Report on vaccination in Madras 1895-1903 - 1895-1903
Year: 1895
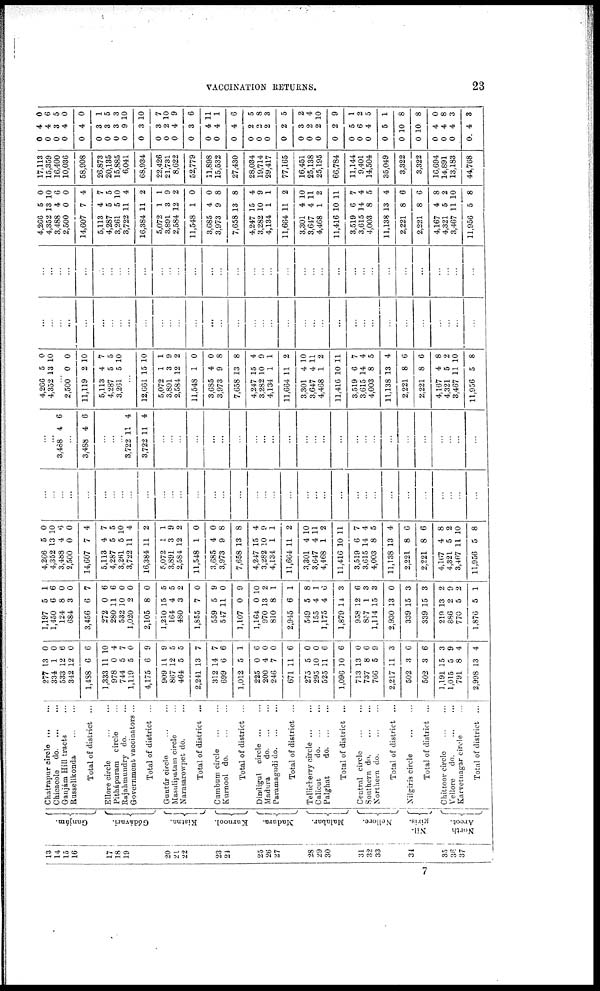
VACCINATION RETURNS.
23
13
14
15
16
17
18
19
20
21
22
23
24
25
26
27
28
29
30
31
32
33
34
35
36
37
Ganjám.
Gódávari.
Kistna.
Kurnool.
Madura.
Malabar.
Nellore.
Nil-
giris.
North
Arcot.
Chatrapur circle ... ...
Chicacole
do. ... ...
Ganjám Hill tracts ...
Russellkonda
...
...
Total of district ...
Ellore circle ... ...
Pithápuram circle ...
Rajahmundry do. ...
Government vaccinators ...
Total of district ...
Guntúr circle
...
...
Masulipatam circle ...
Narasarowpet do. ...
Total of district ...
Cumbum circle ... ...
Kurnool
do. ... ...
Total of district ...
Dindigul circle
...
...
Madura
do. ... ...
Paramagudi do.
...
...
Total of district ...
Tellicherry circle ... ...
Calicut
do. ... ...
Palghat
do. ... ...
Total of district ...
Central circle
...
...
Southern
do. ... ...
Northern do. ... ...
Total of district ...
Nilgiris circle ... ...
Total of district ...
Chittoor circle ... ...
Vellore
do. ... ...
Karvetnagar circle ...
Total of district ...
277
334
533
342
1,488
1,333
978
744
1,119
4,175
909
867
464
2,241
312
699
1,012
225
200
246
671
275
295
525
1,096
713
737
766
2,217
502
502
1,191
1,015
791
2,998
13
1
12
12
6
11
0
5
5
6
11
12
5
13
14
6
5
0
4
7
11
5
10
11
10
13
8
5
11
3
3
15
5
8
13
0
0
6
0
6
10
4
7
0
9
9
5
5
7
7
6
1
6
0
0
6
0
0
6
6
0
6
9
3
6
6
3
9
4
4
1,197
1,450
124
684
3,456
272
280
532
1,020
2,105
1,210
164
480
1,855
559
547
1,107
1,164
970
810
2,945
549
155
1,175
1,879
958
857
1,114
2,930
339
339
219
886
770
1,876
5
6
8
3
6
0
11
10
2
8
15
4
3
7
5
11
0
0
13
8
6
5
4
4
14
12
1
15
13
15
15
13
2
5
5
1
6
0
0
7
6
6
0
0
0
5
5
2
0
9
0
9
10
2
1
1
8
1
6
3
6
3
3
0
3
3
2
9
2
1
4,266
4,352
3,488
2,500
14,607
5,113
4,287
3,261
3,722
16,384
5,072
3,891
2,584
11,548
3,685
3,973
7,658
4,247
3,282
4,134
11,664
3,301
3,647
4,468
11,416
3,519
3,615
4,003
11,138
2,221
2,221
4,167
4,321
3,467
11,956
5
13
4
0
7
4
5
5
11
11
1
3
12
1
4
9
13
15
10
1
11
4
4
1
10
6
14
8
13
8
8
4
5
11
5
0
10
6
0
4
7
5
10
4
2
1
9
2
0
0
8
8
4
9
1
2
10
11
2
11
7
4
5
4
6
6
8
2
10
8
...
...
...
...
...
...
...
...
...
...
...
...
...
...
...
...
...
...
...
...
...
...
...
...
...
...
...
...
...
...
...
...
...
...
...
...
...
3,488 4 6
...
3,488 4 6
...
...
...
3,722
3,722
11
11
4
4
...
...
...
...
...
...
...
...
...
...
...
...
...
...
...
...
...
...
...
...
...
...
...
...
...
4,266
4,352
5
13
0
10
...
2,500
11,119
5,113
4,287
3,261
0
2
4
5
5
0
10
7
5
10
...
12,661
5,072
3,891
2,584
11,548
3,685
3,973
7,658
4,247
3,282
4,134
11,664
3,301
3,647
4,468
11,416
3,519
3,615
4,003
11,138
2,221
2,221
4,167
4,321
3,467
11,956
15
1
3
12
1
4
9
13
15
10
1
11
4
4
1
10
6
14
8
13
8
8
4
5
11
5
10
1
9
2
0
0
8
8
4
9
1
2
10
11
2
11
7
4
5
4
6
6
8
2
10
8
...
...
...
...
...
...
...
...
...
...
...
...
...
...
...
...
...
...
...
...
...
...
...
...
...
...
...
...
...
...
...
...
...
...
...
...
...
...
...
...
...
...
...
...
...
...
...
...
...
...
...
...
...
...
...
...
...
...
...
...
...
...
...
...
...
...
...
...
...
...
4,266
4,352
3,488
2,500
14,607
5,113
4,287
3,261
3,722
16,384
5,072
3,891
2,584
11,548
3,685
3,973
7,658
4,247
3,282
4,134
11,664
3,301
3,647
4,468
11,416
3,519
3,615
4,003
11,138
2,221
2,221
4,167
4,321
3,467
11,956
5
13
4
0
7
4
5
5
11
11
1
3
12
1
4
9
13
15
10
1
11
4
4
1
10
6
14
8
13
8
8
4
5
11
5
0
10
6
0
4
7
5
10
4
2
1
9
2
0
0
8
8
4
9
1
2
10
11
2
11
7
4
5
4
6
6
8
2
10
8
17,113
15,359
16,400
10,036
58,908
26,873
20,135
15,885
6,041
68,934
22,426
21,731
8,622
52,779
11,898
15,532
27,430
28,034
19,714
29,417
77,165
16,451
25,138
25,195
66,784
11,144
9,401
14,504
35,049
3,322
3,322
16,694
14,891
13,183
44,768
0
0
0
0
0
0
0
0
0
0
0
0
0
0
0
0
0
0
0
0
0
0
0
0
0
0
0
0
0
0
0
0
0
0
0
4
4
3
4
4
3
3
3
9
3
3
2
4
3
4
4
4
2
2
2
2
3
2
2
2
5
6
4
5
10
10
4
4
4
4
0
6
5
0
0
1
5
3
10
10
7
10
9
6
11
1
6
5
8
3
5
2
4
10
9
1
2
5
1
8
8
0
8
3
3
7